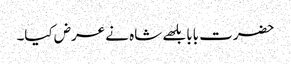
حضرت بابا بلھے شاہ نے عرض کیا۔